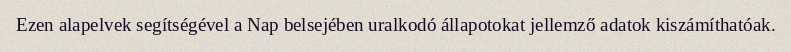
Ezen alapelvek segítségével a Nap belsejében uralkodó állapotokat jellemző adatok kiszámíthatóak.